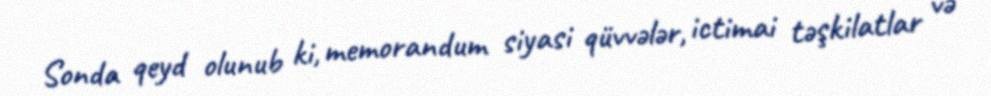
Sonda qeyd olunub ki, memorandum siyasi qüvvələr, ictimai təşkilatlar və